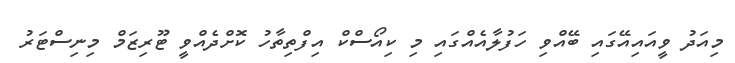
މިއަދު ވީއައިއޭގައި ބޭއްވި ހަފުލާއެއްގައި މި ކިއޯސްކް އިފްތިތާހު ކޮށްދެއްވީ ޓޫރިޒަމް މިނިސްޓަރު